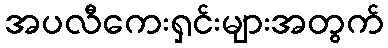
အပလီကေးရှင်းများအတွက်